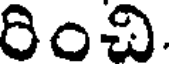
రించి.